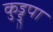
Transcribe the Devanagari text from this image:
कुड्डुपा